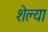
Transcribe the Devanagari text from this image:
शेल्या